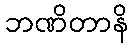
ဘဏိတာနိ